system: You are a helpful assistant.
user:
Analyze the provided spectrum to determine if it is a **"Cataclysmic Variables (CV)"**.

- **Key Indicators for CV (Check for either state):**
    - **State 1: Quiescent / Low-State (Emission-Dominated)**
        - **(Primary):** Strong and *very broad* Hydrogen Balmer emission lines (e.g., $H\alpha$ at 6563 Å, $H\beta$ at 4861 Å). The 'broadness' (high velocity dispersion, often FWHM > 1000 km/s) is the key diagnostic, indicating a high-velocity accretion disk.
        - **(Secondary):** Broad neutral Helium (He I) emission lines (e.g., 5876 Å, 6678 Å).
        - **(Key Confirmation):** Presence of high-excitation *ionized* Helium (He II) emission at 4686 Å. This is a strong indicator of accretion onto a white dwarf.
        - **(Line Profile):** Emission lines may exhibit a 'double-peaked' profile, which is a classic signature of a rotating accretion disk viewed at high inclination.

    - **State 2: Outburst / High-State (Absorption-Dominated)**
        - **(Primary):** Spectrum is dominated by a bright, blue continuum (looks like a hot star).
        - **(Secondary):** The emission lines from State 1 are weak, absent, or 'filled in', and are replaced by broad, shallow *absorption* lines (primarily Balmer and He I).
        - **(Morphology):** The overall spectrum mimics a hot B/A-type star. The crucial difference is that the absorption lines are significantly broader, shallower, and more 'washed-out' (or 'smeared') than the sharp lines of a normal stellar photosphere, due to high rotational speeds and pressure broadening in the disk.

Think first, call **spectral_visualization_tool** if needed to examine features in detail, then provide your final answer. Your response must adhere to the following strict rules:
1.  **Overall Structure:** Your response must follow the format `<think>...</think> <tool_call>...</tool_call> (if a tool is used) <answer>...</answer>`.
2.  **Tool Usage Constraint:** You may only make **one** tool call per turn.
3.  **Final Answer Format:** In the `<answer>` tag, your conclusion must be inside a `\boxed{}` command (e.g., `\boxed{YES}`), followed by your justification.

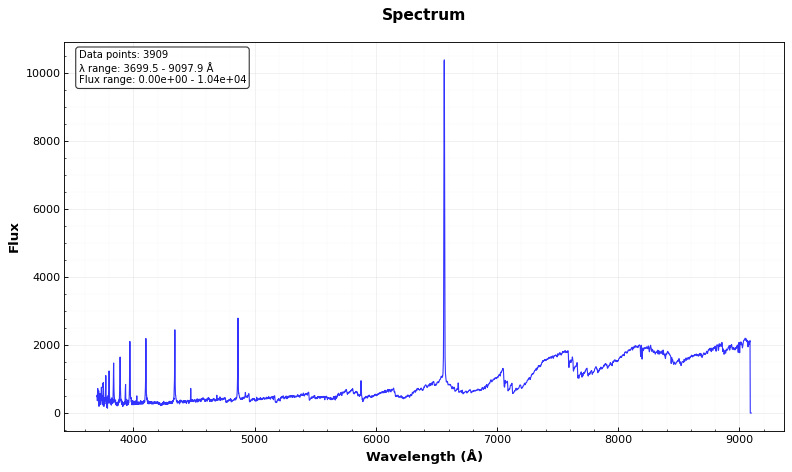
Answer: NO